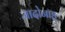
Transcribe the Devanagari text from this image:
जादोनाङ्